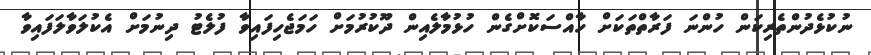
ނުކުޅެދުންތެރިކަން ހުންނަ ފަރާތްތަކަށް ހާއްސަކޮށްގެން ހުޅުމާލެއިން ދޫކުރުމަށް ހަމަޖެހިފައިވާ ފުލެޓު ދިނުމަށް އެކުލަވާލަފައިވާ